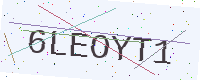
Text: 6LEOYT1